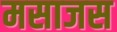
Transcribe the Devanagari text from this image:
मसाजस